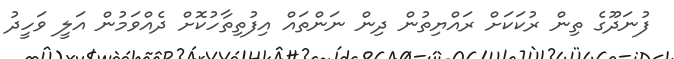
ފުނަދޫގެ ތިން ރުކަކަށް ރައްޔިތުން ދިން ނަންތައް އިފުތިތާހުކޮށް ދެއްވަމުން އަލީ ވަހީދު